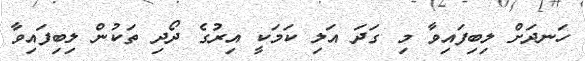
ހަނދަށް ލިބިފައިވާ މި ގަދަ އަލި ކަމަކީ އިރުގެ ދޯދި ތަކުން ލިބިފައިވާ